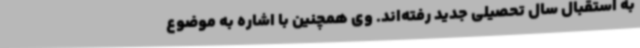
به استقبال سال تحصیلی جدید رفته‌اند. وی همچنین با اشاره به موضوع